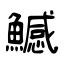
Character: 鱤